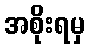
အစိုးရမှ